NAE_ERA_R-1765_ENSV_Kirjanike_Liit_1945-1955, lk 13
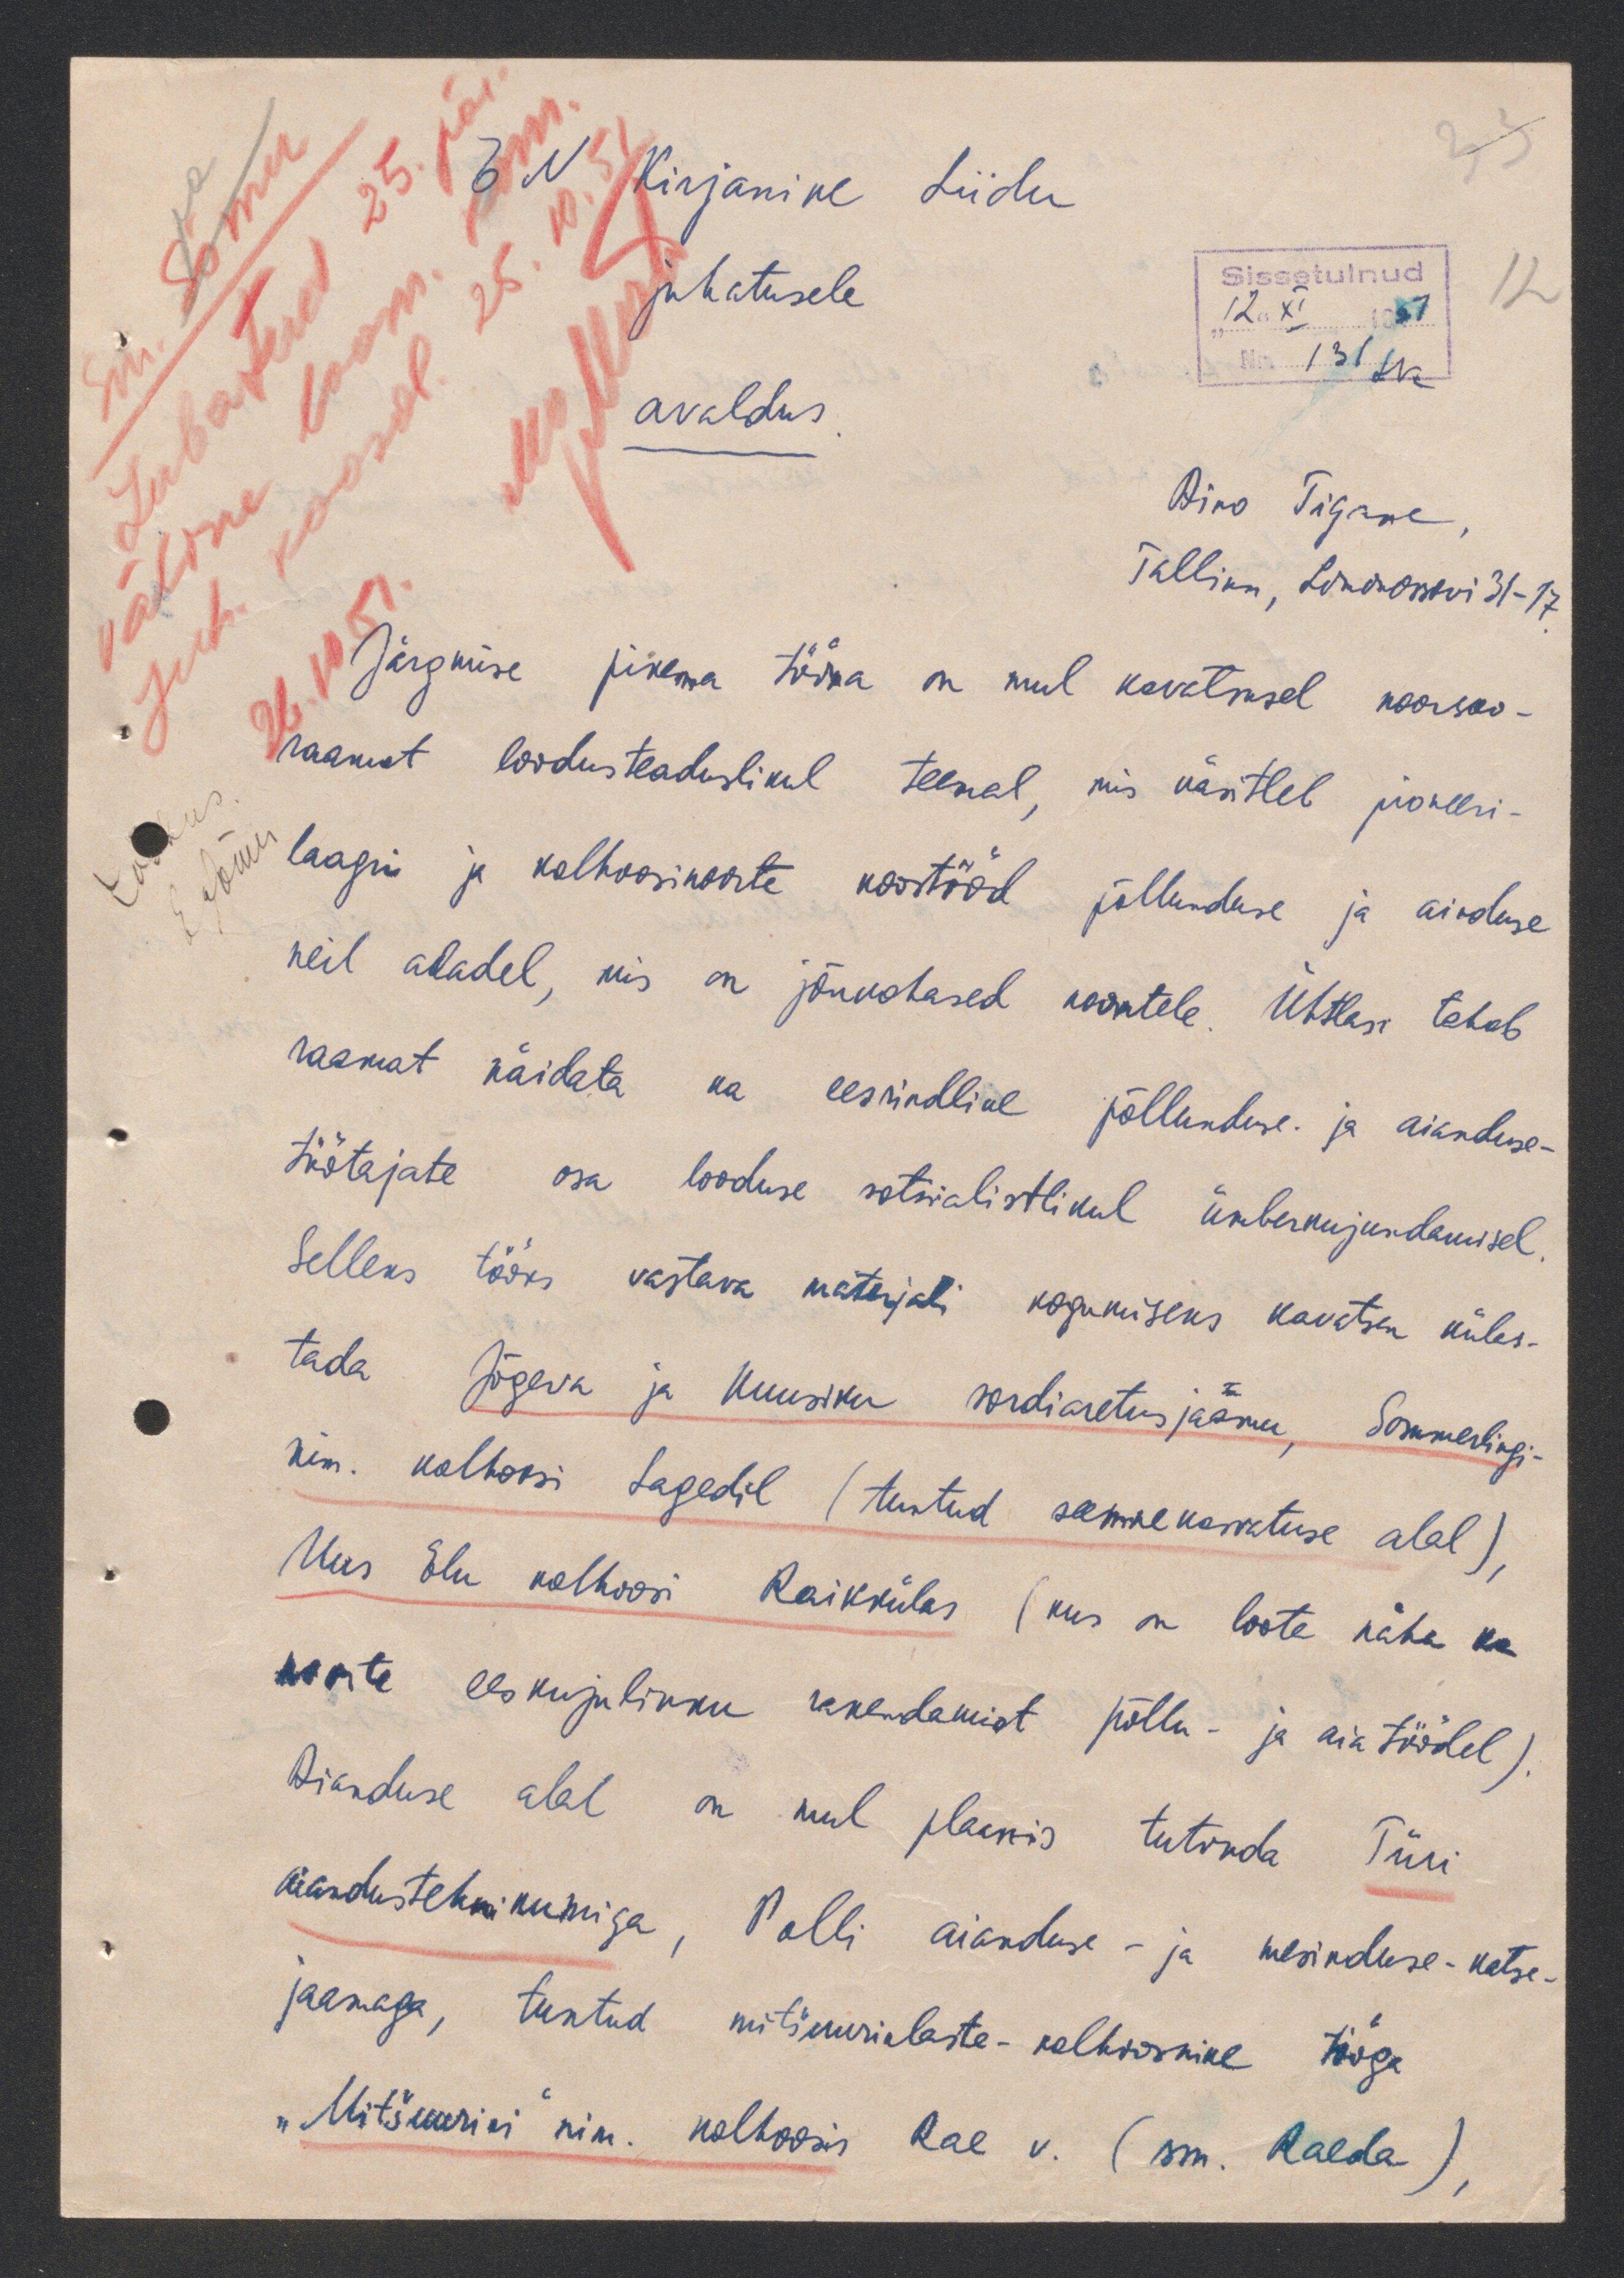
EN Kirjanike Liidu
juhatusele
avaldus
Airo Tigane,
Tallinn, Lemonossovi 31-17.
Järgmise pikema tööna on mul kavatsusel noorsoo-
raamat loodusteaduslikul teemal, mis käsitleb pioneeri-
laagri ja kolhoosinoorte koostööd põllunduse ja aiaduse
neil aladel, mis on jõukohased noortele. Ühtlasi tahab
raamat näidata ka eesrindlike põllundus ja aianduse-
töötajate osa looduse sotsialistlikul ümberkujundamisel
Selles tööks vastava materjali kogumiseks kavatsen külas-
tada Jõgeva ja Kuusiku sordiaretusjaamu, Sommerlingi
nim. kolhoosi Sagedil (tuntud seemnekasvatuse alal)
Uus Elu kolhoosi Raikkülas (kus on loota näha ka
noorte eeskujulikku rakendamist põllu- ja aiatöödel)
Aianduse alal on mul plaanis tutvuda Türi
aiandustehnikumiga, Polli aiandus- ja mesinduse-katse-
jaamaga, tuntud mitšuurilaste-kohoosnike tööga
"Mitšuurini" nim. kolhoosis Rae v. (Sm. Ralda